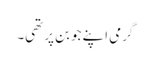
گرمی اپنے جوبن پر تھی۔